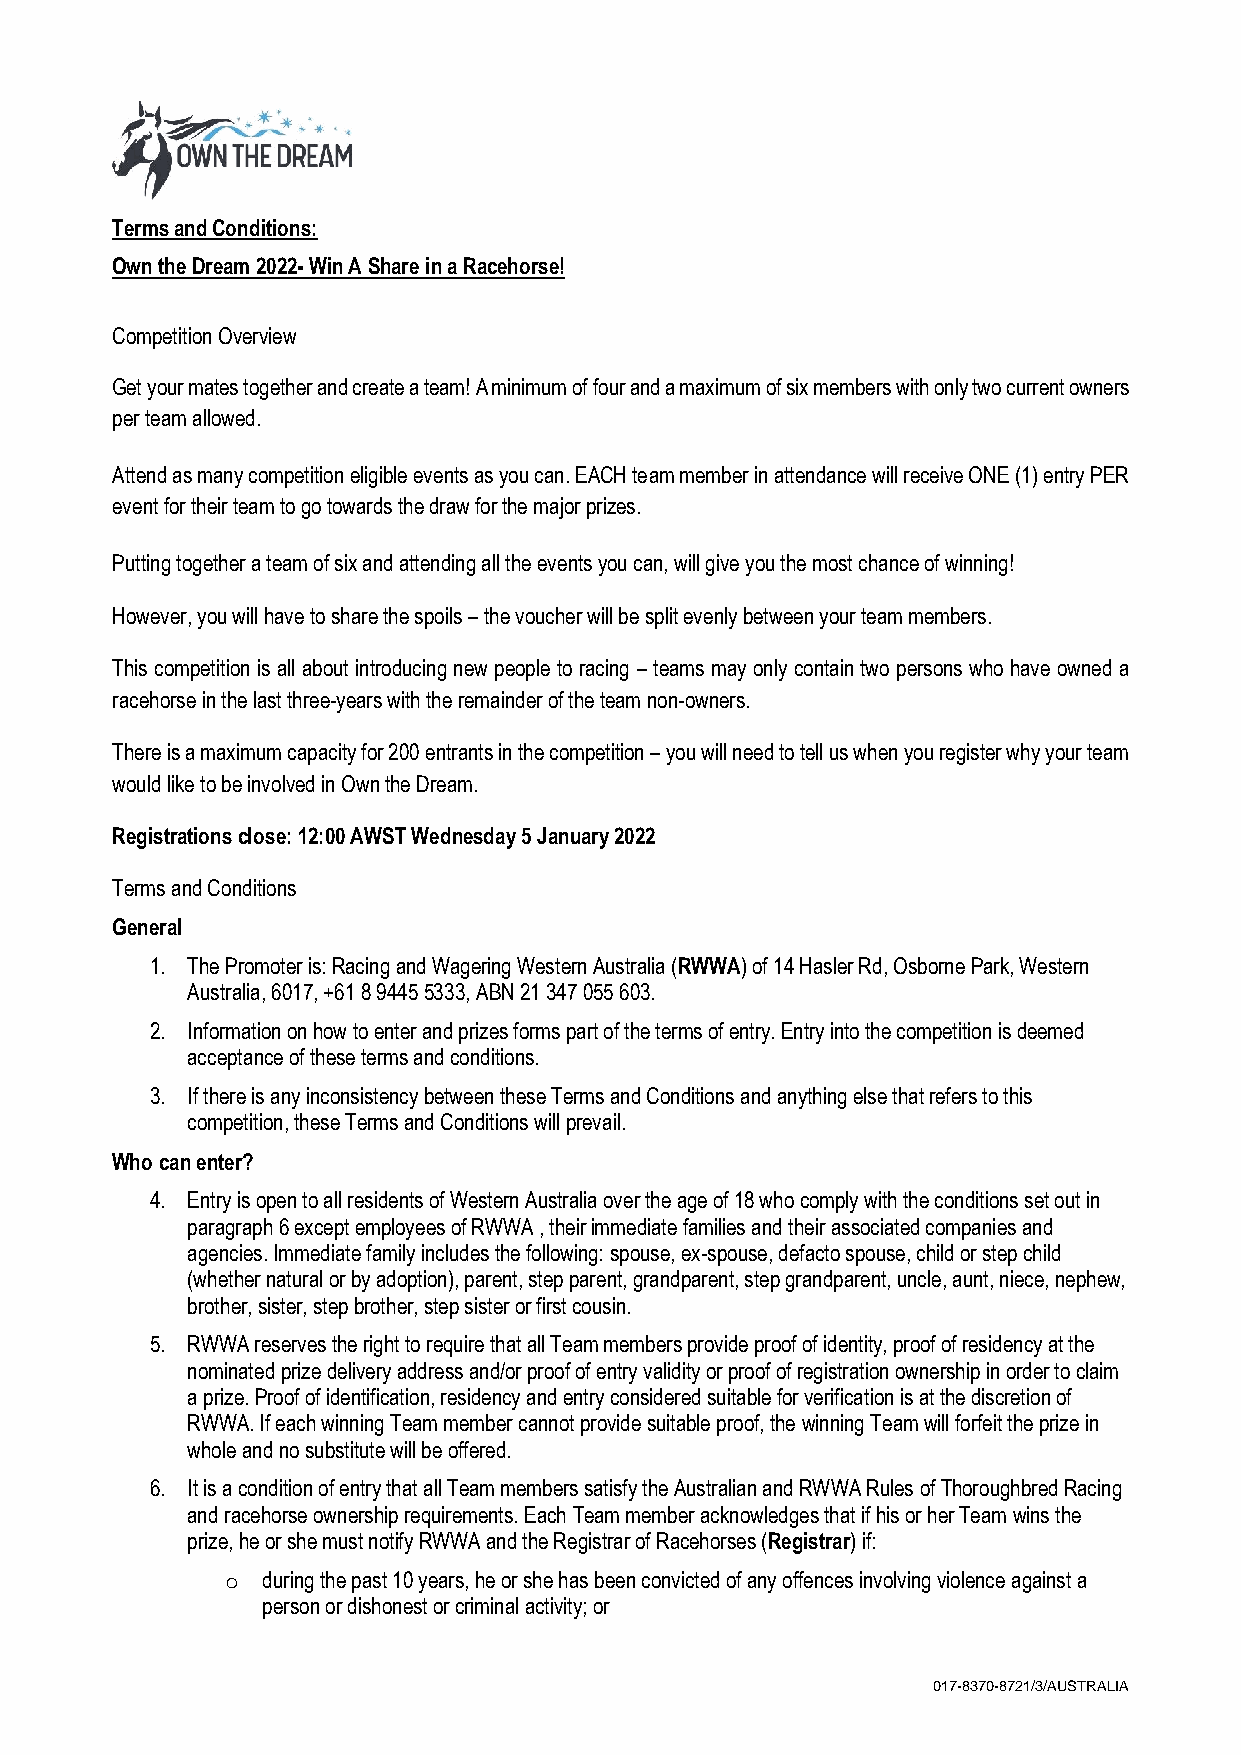
Terms and Conditions:
 Own the Dream 2022- Win A Share in a Racehorse!
 Competition Overview
 Get your mates together and create a team! A minimum of four and a maximum of six members with only two current owners
 per team allowed.
 Attend as many competition eligible events as you can. EACH team member in attendance will receive ONE (1) entry PER
 event for their team to go towards the draw for the major prizes.
 Putting together a team of six and attending all the events you can, will give you the most chance of winning!
 However, you will have to share the spoils – the voucher will be split evenly between your team members.
 This competition is all about introducing new people to racing – teams may only contain two persons who have owned a
 racehorse in the last three-years with the remainder of the team non-owners.
 There is a maximum capacity for 200 entrants in the competition – you will need to tell us when you register why your team
 would like to be involved in Own the Dream.
 Registrations close: 12:00 AWST Wednesday 5 January 2022
 Terms and Conditions
 General
 1. The Promoter is: Racing and Wagering Western Australia (RWWA) of 14 Hasler Rd, Osborne Park, Western
 Australia, 6017, +61 8 9445 5333, ABN 21 347 055 603.
 2. Information on how to enter and prizes forms part of the terms of entry. Entry into the competition is deemed
 acceptance of these terms and conditions.
 3. If there is any inconsistency between these Terms and Conditions and anything else that refers to this
 competition, these Terms and Conditions will prevail.
 Who can enter?
 4. Entry is open to all residents of Western Australia over the age of 18 who comply with the conditions set out in
 paragraph 6 except employees of RWWA , their immediate families and their associated companies and
 agencies. Immediate family includes the following: spouse, ex-spouse, defacto spouse, child or step child
 (whether natural or by adoption), parent, step parent, grandparent, step grandparent, uncle, aunt, niece, nephew,
 brother, sister, step brother, step sister or first cousin.
 5. RWWA reserves the right to require that all Team members provide proof of identity, proof of residency at the
 nominated prize delivery address and/or proof of entry validity or proof of registration ownership in order to claim
 a prize. Proof of identification, residency and entry considered suitable for verification is at the discretion of
 RWWA. If each winning Team member cannot provide suitable proof, the winning Team will forfeit the prize in
 whole and no substitute will be offered.
 6. It is a condition of entry that all Team members satisfy the Australian and RWWA Rules of Thoroughbred Racing
 and racehorse ownership requirements. Each Team member acknowledges that if his or her Team wins the
 prize, he or she must notify RWWA and the Registrar of Racehorses (Registrar) if:
 o during the past 10 years, he or she has been convicted of any offences involving violence against a
 person or dishonest or criminal activity; or
 017-8370-8721/3/AUSTRALIA